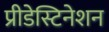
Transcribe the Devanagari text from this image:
प्रीडेस्टिनेशन